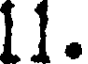
11.